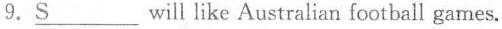
9.\underline{S}___ will like Australian football games.